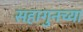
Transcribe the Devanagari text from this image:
सहागुनच्या